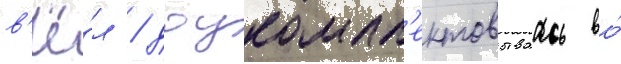
в'ё́л / доукомпл'ектовываась во́